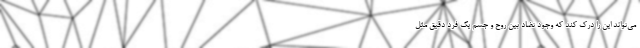
می‌تواند این را درک کند که وجود تضاد بین روح و جسم یک فرد دقیق مثل